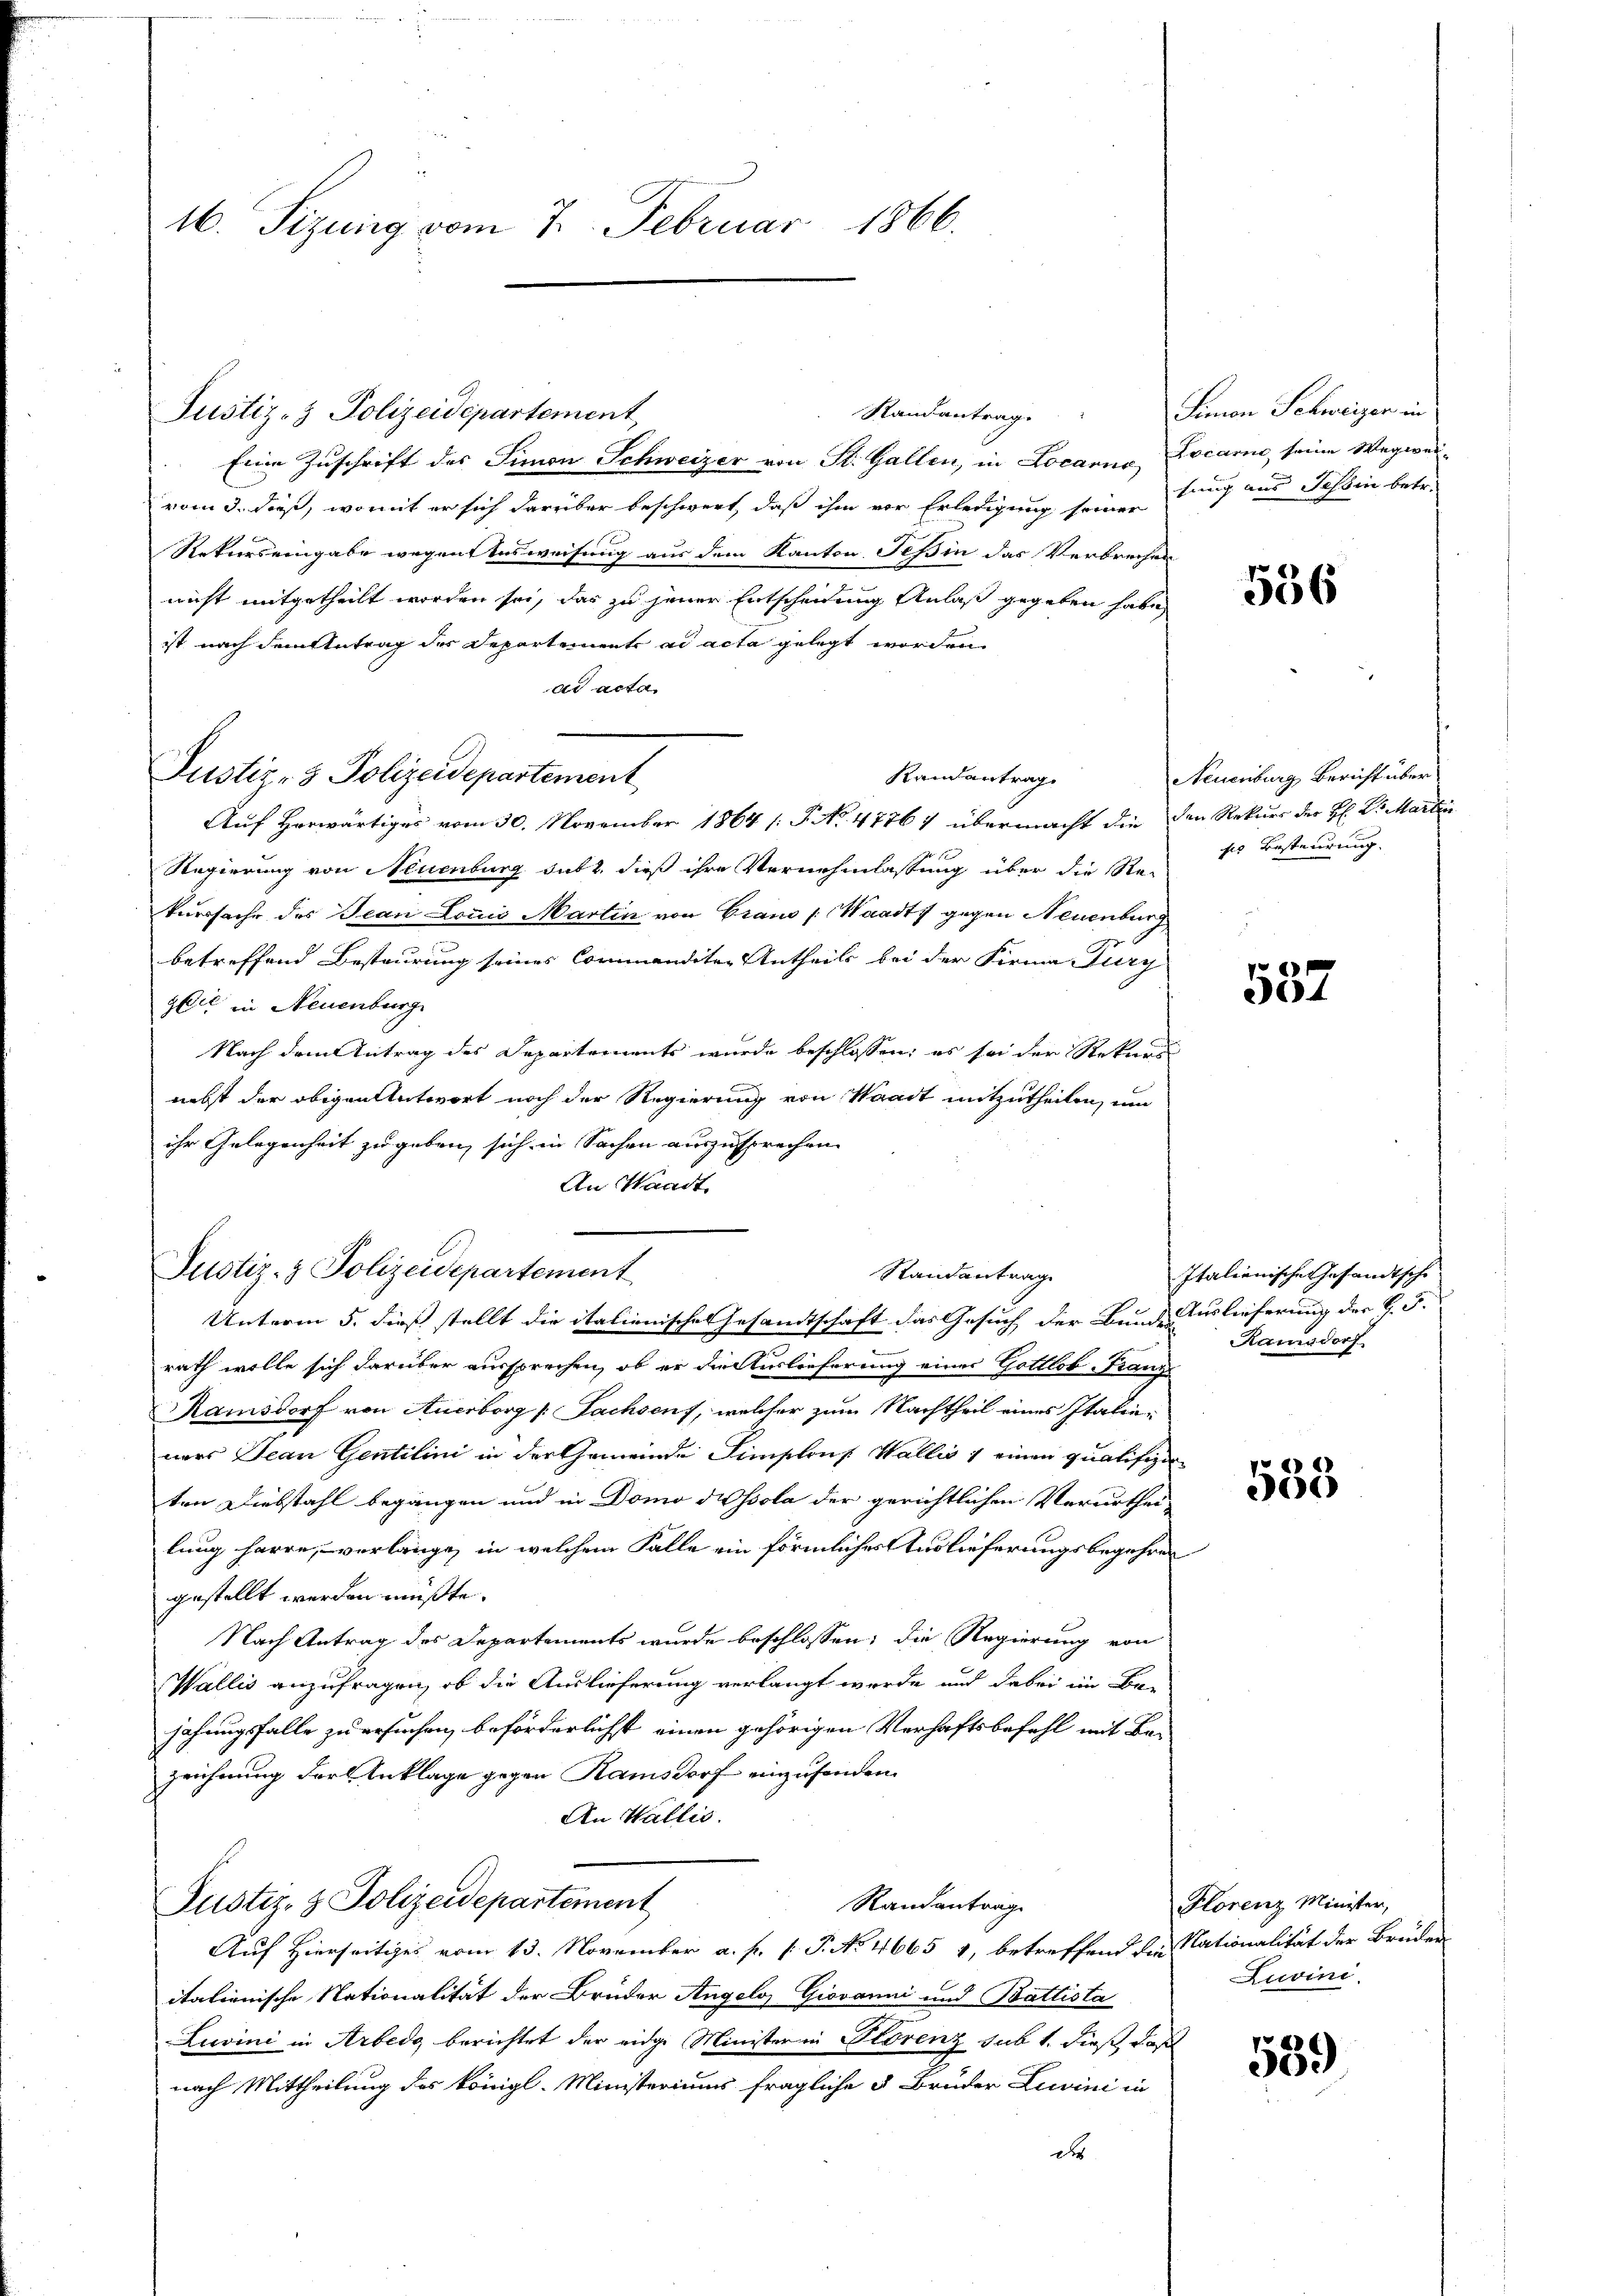
16. Sizung vom 7. Februar 1866.

Justiz- & Polizeidepartement,
Eine Zuschrift des Simon Schweizer von St. Gallen, in Locarno, Locarno, seine Wegweivom 3. dieß, womit er sich darüber beschwert, daß ihm vor Erledigung seiner auch aus Jahren betr.
Rekurs eingabe wegenensweisung aus dem Kanton Tessin das Verbrechen
nicht mitgetheilt worden sei, das zu jener Entscheidung Anlaß gegeben habe,
ist nach dem Antrag der Departements ad acta gelegt worden
ad acta
Randantrag.
Auf Herwärtiges vom 30. November 1864 /: P. No. 4776) übermacht die den Rekurs der H: Dr. Martin
Regierung von Neuenburg sub 2. dieß ihre Vernehmlassung über die Re-
kursache des Jean Louis Martin von Graus (Waadt, gegen Neuenburg
betreffend Besteurung seines Commanditer Antheils bei der Firma Fury
geit in Neuenburg
Nach dem Antrag des Departements wurde beschlossen; es sei der Rekurs
nebst der obigen Antwort noch der Regierung von Waadt mitzutheilen, um
ihr Gelegenheit zu geben, sich in Sachen auszusprechen.
An Waadt,

Justiz- & Polizeidepartement

Justiz- & Polizeidepartement
Randantrag
Unterm 5. dieß stellt die italienische Gesamtschaft das Gesuch der Bunde auslieferung der C. 5.

Randantrag.

rath wolle sich darüber aussprechen, ob er die Auslieferung eines Gottlob Franz
Ramsdorf von Anerborg /: Fachsens, welcher zum Nachtheil eines Italieners Jean Gentilini in der Gemeinde Simplons Wallis 1 einen qualifiziten Diebstahl begangen und in Domo dissola der gerichtlichen Verurthei-
lung harre, verlänge, in welchem Falle ein förmlicher Auslieferungsbegehren
gestellt werden müßte.
Nach Antrag des Departements wurde beschlossen; die Regierung von
Wallis anzufragen, ob die Auslieferung verlangt werde und dabei im Be-
jahungsfalle zu ersuchen, beförderlicht einen gehörigen Verhaftsbefehl mit Bezeichnung der Anklage gegen Ramsdorf einzusenden.
An Wallis.
Justiz- & Polizeidepartement
Randantrag
Auf Hierseitiges vom 13. November a. f. 1. P. No 4665 1, betreffend die Nationalität der Bruden
itationische Nationalität der Bruder Angelo, Giovanni und Battista
Zuvini in Arbedg berichtet der eidge Minister in Plorenz sub 1. dieß, daß
nach Mittheilung des königl. Ministeriums fragliche 5 Bruder Luwini in
des

Limon Schweizer in

536

Neuenburg Bericht über
ses Besteurung.

557

Italienischen Gesandtsche
Ramadorf

533

Florenz Minister,
Luvini.

539)